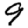
Digit: 9